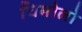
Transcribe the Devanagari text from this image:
चिमोलो